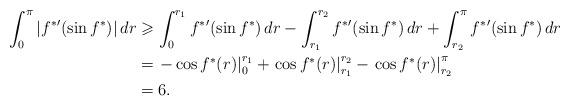
LaTeX: \begin{align*} \int_0^{\pi} |f^*\mbox{}'(\sin f^*)| \, dr &\geqslant \int_0^{r_1} f^*\mbox{}'(\sin f^*) \, dr - \int_{r_1}^{r_2} f^*\mbox{}' (\sin f^*) \, dr + \int_{r_2}^{\pi} f^*\mbox{}' (\sin f^*) \, dr \\ &= \left.-\cos f^*(r)\right|_0^{r_1} + \left.\cos f^*(r)\right|_{r_1}^{r_2} - \left.\cos f^*(r)\right|_{r_2}^{\pi} \\ &= 6. \end{align*}